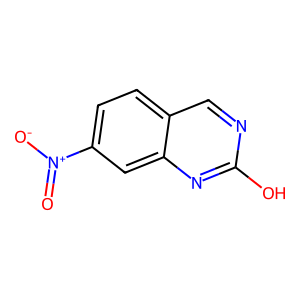
SMILES: O=[N+]([O-])c1ccc2cnc(O)nc2c1
Inhibits HIV replication: No